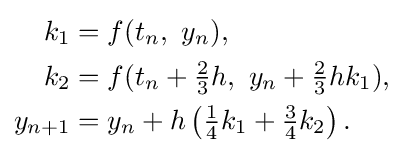
{\begin{aligned}k_{1}&=f(t_{n},\ y_{n}),\\k_{2}&=f(t_{n}+{\tfrac {2}{3}}h,\ y_{n}+{\tfrac {2}{3}}hk_{1}),\\y_{n+1}&=y_{n}+h\left({\tfrac {1}{4}}k_{1}+{\tfrac {3}{4}}k_{2}\right).\end{aligned}}